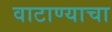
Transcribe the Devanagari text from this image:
वाटाण्याचा